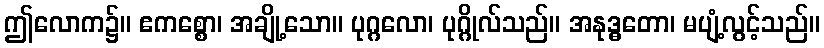
ဤလောက၌။ ဧကစ္စော၊ အချို့သော။ ပုဂ္ဂလော၊ ပုဂ္ဂိုလ်သည်။ အနုဒ္ဓတော၊ မပျံ့လွင့်သည်။